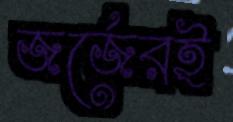
জর্জেরই